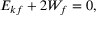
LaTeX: ~ E _ { k f } + 2 W _ { f } = 0 ,